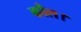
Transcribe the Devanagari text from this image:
कौल।